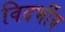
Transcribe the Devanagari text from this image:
विदर्भीय